Scottish Leaving Certificate Examination, 1960
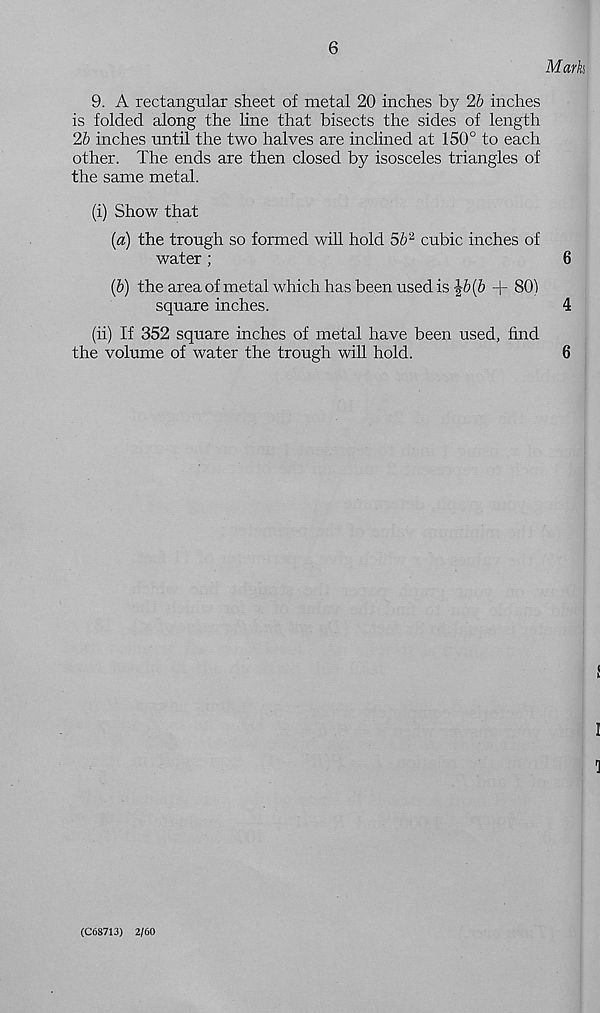
6
Mark
9. A rectangular sheet of metal 20 inches by 2b inches
is folded along the line that bisects the sides of length
2b inches until the two halves are inclined at 150° to each
other. The ends are then closed by isosceles triangles of
the same metal.
(i) Show that
(a) the trough so formed will hold 5b 2 cubic inches of
water;
6
(b) the area of metal which has been used is
+ 80)
square inches.
4
(ii) If 352 square inches of metal have been used, find
the volume of water the trough will hold.
6
I
1
(C68713) 2/60